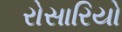
રોસારિયો